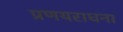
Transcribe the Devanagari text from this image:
प्रणयराधना